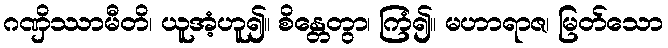
ဂဏှိဿာမီတိ၊ ယူအံ့ဟူ၍။ စိန္တေတွာ၊ ကြံ၍။ မဟာရာဇ၊ မြတ်သော